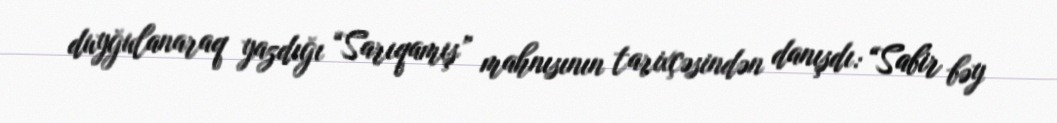
duyğulanaraq yazdığı “Sarıqamış” mahnısının tarixçəsindən danışdı: “Sabir bəy